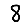
Digit: 8